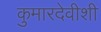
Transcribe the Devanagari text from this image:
कुमारदेवीशी